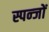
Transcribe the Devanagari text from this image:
स्पन्जों